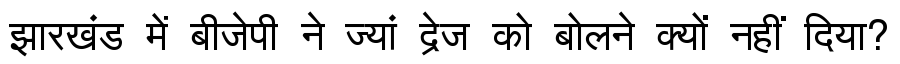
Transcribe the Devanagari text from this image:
झारखंड में बीजेपी ने ज्यां द्रेज को बोलने क्यों नहीं दिया?